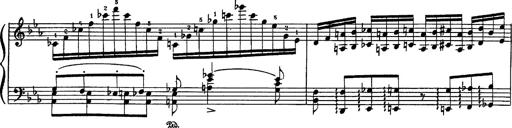
Title: Fantaisie sur des motifs favoris de l'opÃ©ra 'La sonnambula'
Composer: Franz Liszt